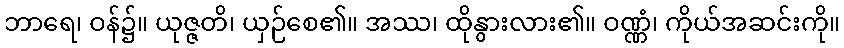
ဘာရေ၊ ဝန်၌။ ယုဇ္ဇတိ၊ ယှဉ်စေ၏။ အဿ၊ ထိုနွားလား၏။ ဝဏ္ဏံ၊ ကိုယ်အဆင်းကို။